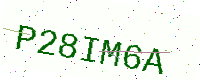
Text: P28IM6A